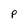
Character: P